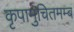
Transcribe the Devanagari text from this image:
कृपामुचितमम्ब